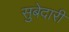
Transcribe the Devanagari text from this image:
सुबेदारी